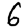
Digit: 6